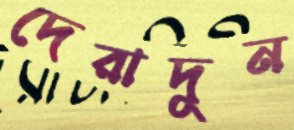
দেরাদুন